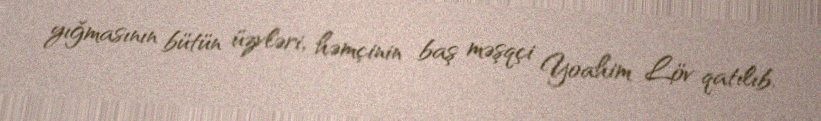
yığmasının bütün üzvləri, həmçinin baş məşqçi Yoahim Löv qatılıb.